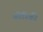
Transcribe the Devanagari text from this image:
कोरिकी